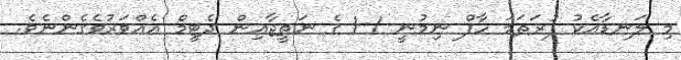
މި ލަނޑާއެކު ފުރަތަމަ ހާފް ނިމުނީ 1-1 ގެ ނަތީޖާއިން ދެޓީމް އެއްވަރުވެގެންނެވެ.